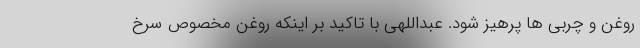
روغن و چربی ها پرهیز شود. عبداللهی با تاکید بر اینکه روغن مخصوص سرخ